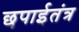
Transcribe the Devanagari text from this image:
छपाईतंत्र